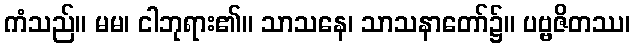
ကံသည်။ မမ၊ ငါဘုရား၏။ သာသနေ၊ သာသနာတော်၌။ ပဗ္ဗဇိတဿ၊